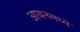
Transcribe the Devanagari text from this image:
आयनमध्ये